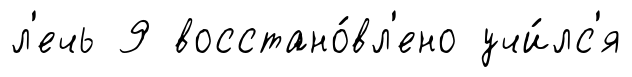
л'ечь 9 восстано́вл'ено учи́лс'я